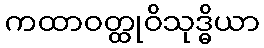
ကထာဝတ္ထုဝိသုဒ္ဓိယာ